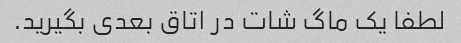
لطفا یک ماگ شات در اتاق بعدی بگیرید.